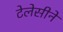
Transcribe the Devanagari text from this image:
टेलेसीने